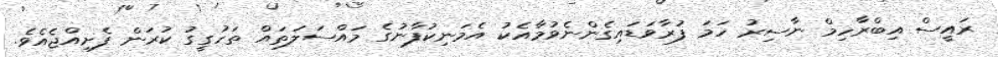
ރައީސް އިބްރާހިމް ނާސިރު ހަމަ ފުރާވަޑައިގެންނެވުމާއެކު އެމަނިކުފާނުގެ މައްސަލަތައް ތަހުގީގު ކުރަން ފެށިއްޖެއެވެ.